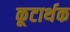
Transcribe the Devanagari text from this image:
कूटार्थक